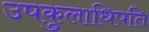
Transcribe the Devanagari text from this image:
उपकुलाधिपति